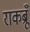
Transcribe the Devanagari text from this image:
राकब्रूँ